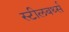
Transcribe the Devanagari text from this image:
स्टीलबर्थ्स